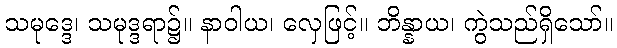
သမုဒ္ဒေ၊ သမုဒ္ဒရာ၌။ နာဝါယ၊ လှေဖြင့်။ ဘိန္နာယ၊ ကွဲသည်ရှိသော်။